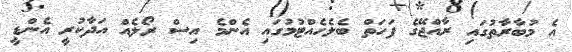
އެ މުބާރާތުގައި ރާއްޖޭގެ ފަހަތް ބެލެހެއްޓުމުގައި އެންމެ އިސް ރޯލެއް އަދާކުރީ އެންޑީ